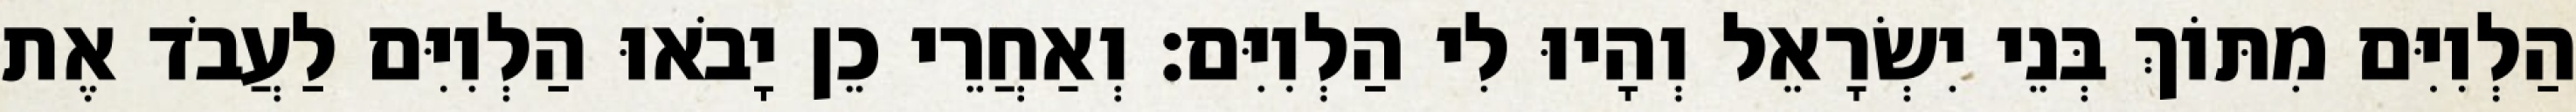
הַלְוִיִּם מִתּוֹךְ בְּנֵי יִשְׂרָאֵל וְהָיוּ לִי הַלְוִיִּם׃ וְאַחֲרֵי כֵן יָבֹאוּ הַלְוִיִּם לַעֲבֹד אֶת